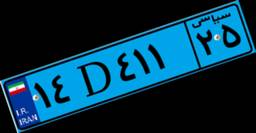
۲۳D۲۳۳۹۲